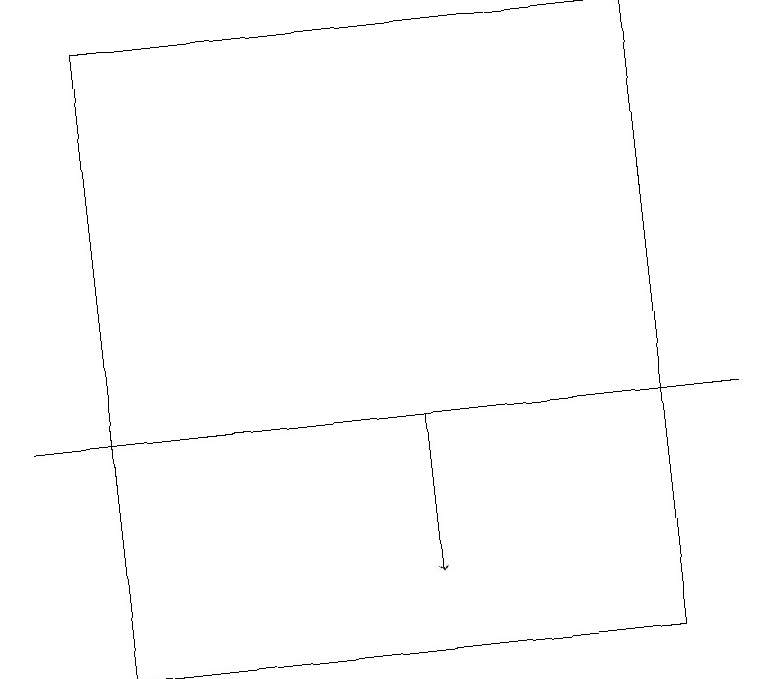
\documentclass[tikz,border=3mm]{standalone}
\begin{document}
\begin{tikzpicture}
\draw[->] (5,14) -- (5,12);
\draw (0,14) rectangle (9,14);
\draw (1,19) rectangle (8,11);
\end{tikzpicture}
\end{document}